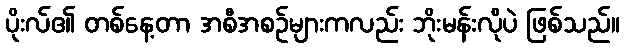
ပိုးလ်၏ တစ်နေ့တာ အစီအစဉ်များကလည်း ဘိုးမန်းလိုပဲ ဖြစ်သည်။